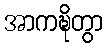
အာကဍ္ဎိတွာ